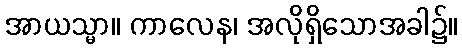
အာယသ္မာ။ ကာလေန၊ အလိုရှိသောအခါ၌။